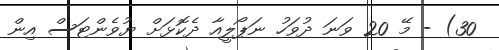
30) - މޭ 20 ވަނަ ދުވަހު ނަޕޯލީއާ ދެކޮޅަށް ޔުވެންޓަސް އިން